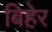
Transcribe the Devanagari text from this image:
बिहेर